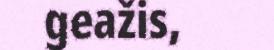
geažis,